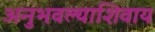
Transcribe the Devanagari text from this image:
अनुभवल्याशिवाय